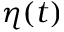
\eta ( t )